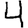
Digit: 4